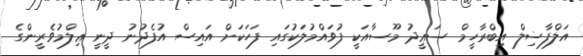
އަލްފާޟިލް އިބްރާހީމް ސަޢީދު މޫސާއަކީ ފުވައްމުލަކުގައި ފަހަކަށް އައިސް އުފެދުނު ދީނީ ޢިލްމުވެރީންގެ